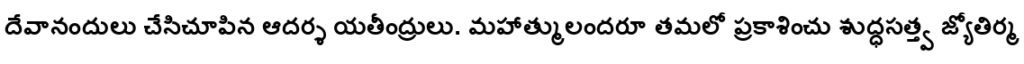
దేవానందులు చేసిచూపిన ఆదర్శ యతీంద్రులు. మహాత్ములందరూ తమలో ప్రకాశించు శుద్ధసత్త్వ జ్యోతిర్మ